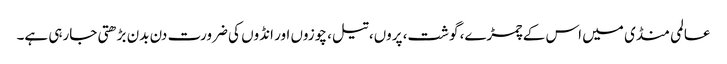
عالمی منڈی میں اس کے چمڑے، گوشت، پروں، تیل، چوزوں اور انڈوں کی ضرورت دن بدن بڑھتی جارہی ہے۔